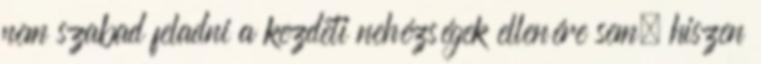
nem szabad feladni a kezdeti nehézségek ellenére sem, hiszen